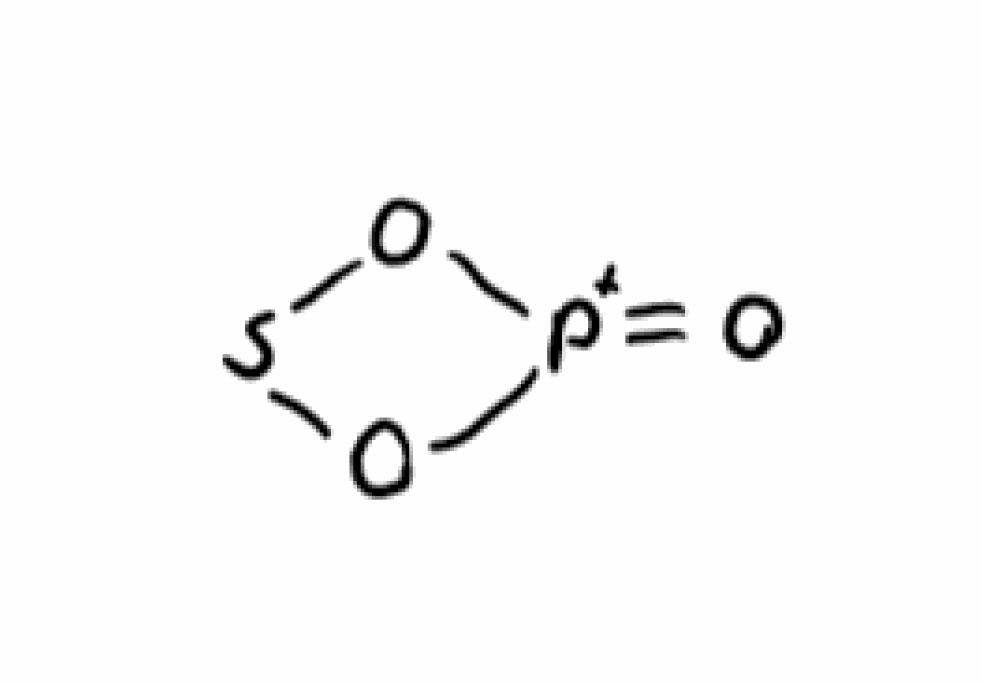
Simplified molecular-input line-entry system (SMILES) notation of the given molecule:
O=[P+]1OSO1